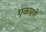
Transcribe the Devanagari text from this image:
एकपणें